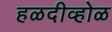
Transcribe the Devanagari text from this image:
हळदीव्होळ